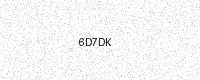
Text: 6D7DK